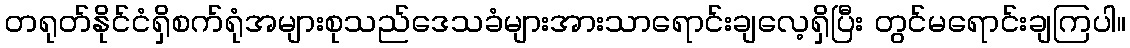
တရုတ်နိုင်ငံရှိစက်ရုံအများစုသည်ဒေသခံများအားသာရောင်းချလေ့ရှိပြီး တွင်မရောင်းချကြပါ။